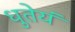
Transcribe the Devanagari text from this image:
धुतेयं